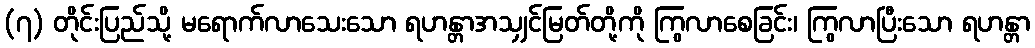
(၇) တိုင်းပြည်သို့ မရောက်လာသေးသော ရဟန္တာအသျှင်မြတ်တို့ကို ကြွလာစေခြင်း၊ ကြွလာပြီးသော ရဟန္တာ